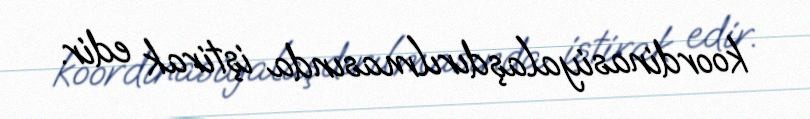
koordinasiyalaşdırılmasında iştirak edir.